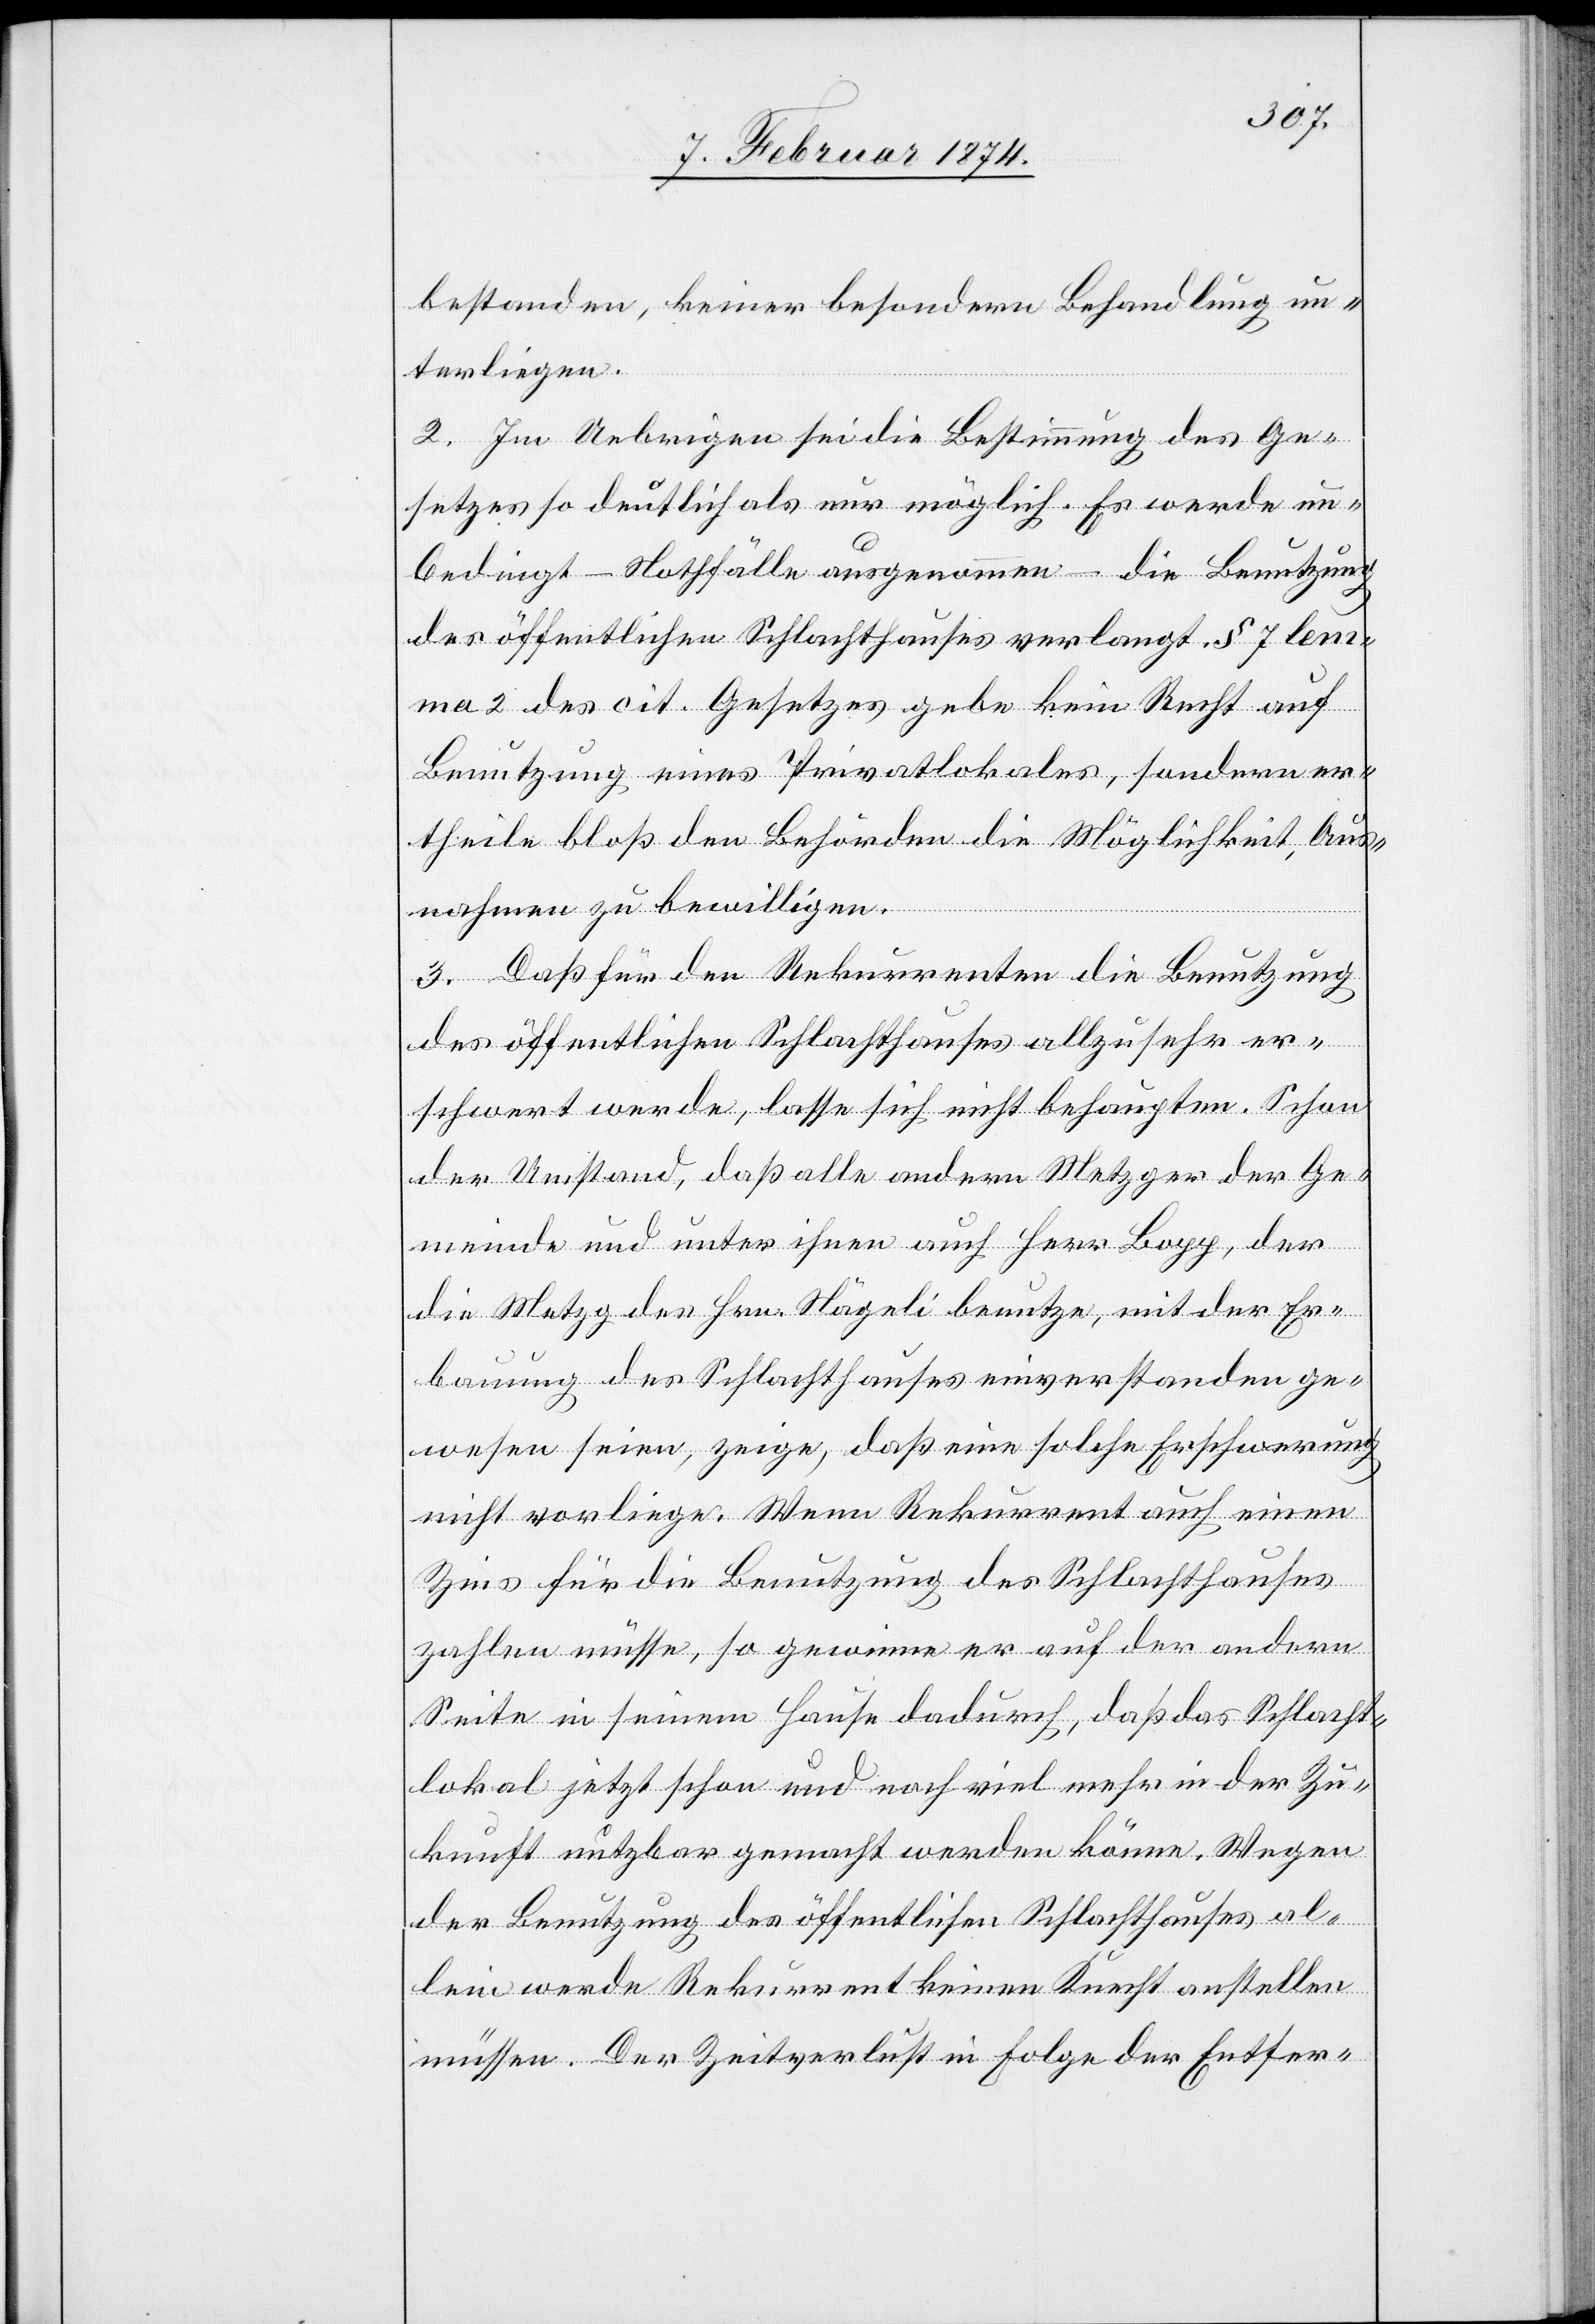
bestanden, keiner besondern Behandlung un¬
terliegen.
2. Im Uebrigen sei die Bestimmung des Ge¬
setzes so deutlich als nur möglich. Es werde un¬
bedingt – Nothfälle ausgenommen – die Benutzung
des öffentlichen Schlachthauses verlangt. § 7 Lem¬
ma 2 des cit. Gesetzes gebe kein Recht auf
Benutzung eines Privatlokales, sondern er¬
theile bloß den Behörden die Möglichkeit, Aus¬
nahmen zu bewilligen.
3. Daß für den Rekurrenten die Benutzung
des öffentlichen Schlachthauses allzusehr er¬
schwert werde, lasse sich nicht behaupten. Schon
der Umstand, daß alle andern Metzger der Ge¬
meinde und unter ihnen auch Herr Bopp, der
die Metzg des Hrn. Nägeli benutze, mit der Er¬
bauung des Schlachthauses einverstanden ge¬
wesen seien, zeige, daß eine solche Erschwerung
nicht vorliege. Wenn Rekurrent auch einen
Zins für die Benutzung des Schlachthauses
zahlen müsse, so gewinne er auf der andern
Seite in seinem Hause dadurch, daß das Schlacht¬
lokal jetzt schon und noch viel mehr in der Zu¬
kunft nutzbar gemacht werden könne. Wegen
der Benutzung des öffentlichen Schlachthauses al¬
lein werde Rekurrent keinen Knecht anstellen
müssen. Der Zeitverlust in Folge der Entfer-